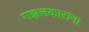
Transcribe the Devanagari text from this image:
गझलकारांना